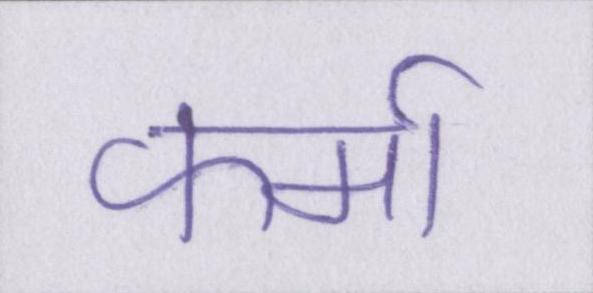
फर्मा